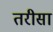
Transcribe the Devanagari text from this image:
तरीसा